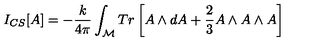
I _ { C S } [ A ] = - \frac { k } { 4 \pi } \int _ { \mathcal { M } } T r \left[ A \wedge d A + \frac { 2 } { 3 } A \wedge A \wedge A \right]